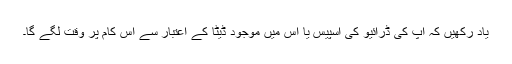
یاد رکھیں کہ آپ کی ڈرائیو کی اسپیس یا اس میں موجود ڈیٹا کے اعتبار سے اس کام پر وقت لگے گا۔